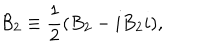
{ \cal B } _ { 2 } \equiv \frac { 1 } { 2 } ( B _ { 2 } - i B _ { 2 } i ) ,